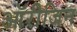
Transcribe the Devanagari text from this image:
ऑरीजिन